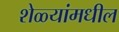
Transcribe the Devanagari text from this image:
शेळ्यांमधील